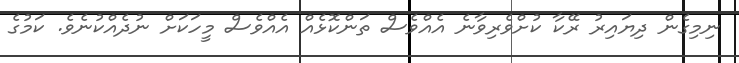
ނިމިގެން ދިޔައިރު ރޭކާ ކުށްވެރިވާނެ އެއްވެސް ތަންކޮޅެއް އެއްވެސް މީހަކަށް ނުދެއްކުނެވެ. ކަމުގެ